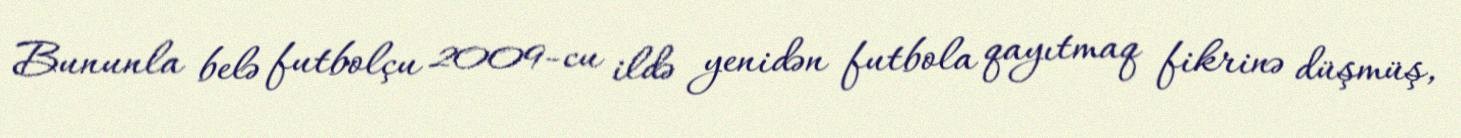
Bununla belə futbolçu 2009-cu ildə yenidən futbola qayıtmaq fikrinə düşmüş,